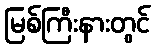
မြစ်ကြီးနားတွင်